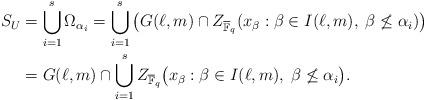
LaTeX: \begin{align*}S_U&=\bigcup_{i=1}^s\Omega_{\alpha_i}=\bigcup_{i=1}^s\big(G(\ell,m)\cap Z_{\overline{\mathbb F}_q}(x_{\beta}:\beta\in I(\ell,m), \; \beta\not\leq\alpha_i)\big)\\&=G(\ell,m)\cap \bigcup_{i=1}^sZ_{\overline{\mathbb F}_q}\big(x_{\beta}:\beta\in I(\ell,m), \; \beta\not\leq\alpha_i\big).\end{align*}